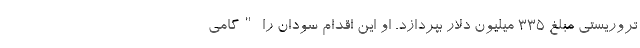
تروریستی مبلغ 335 میلیون دلار بپردازد. او این اقدام سودان را "گامی